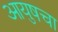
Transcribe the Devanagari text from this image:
आयुषचा